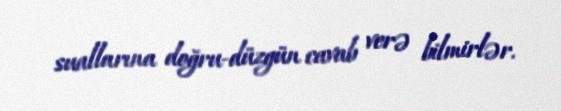
suallarına doğru-düzgün cavab verə bilmirlər.